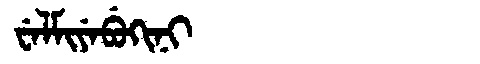
Manchu: ᠸᡝᠯᠮᡳᠶᡝᠪᡠᡴᡳᠨᡳ
Romanization: WELMIYEBUKINI